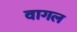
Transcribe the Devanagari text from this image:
वागल